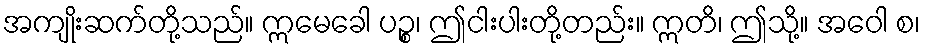
အကျိုးဆက်တို့သည်။ ဣမေခေါ ပဉ္စ၊ ဤငါးပါးတို့တည်း။ ဣတိ၊ ဤသို့။ အဝေါ စ၊